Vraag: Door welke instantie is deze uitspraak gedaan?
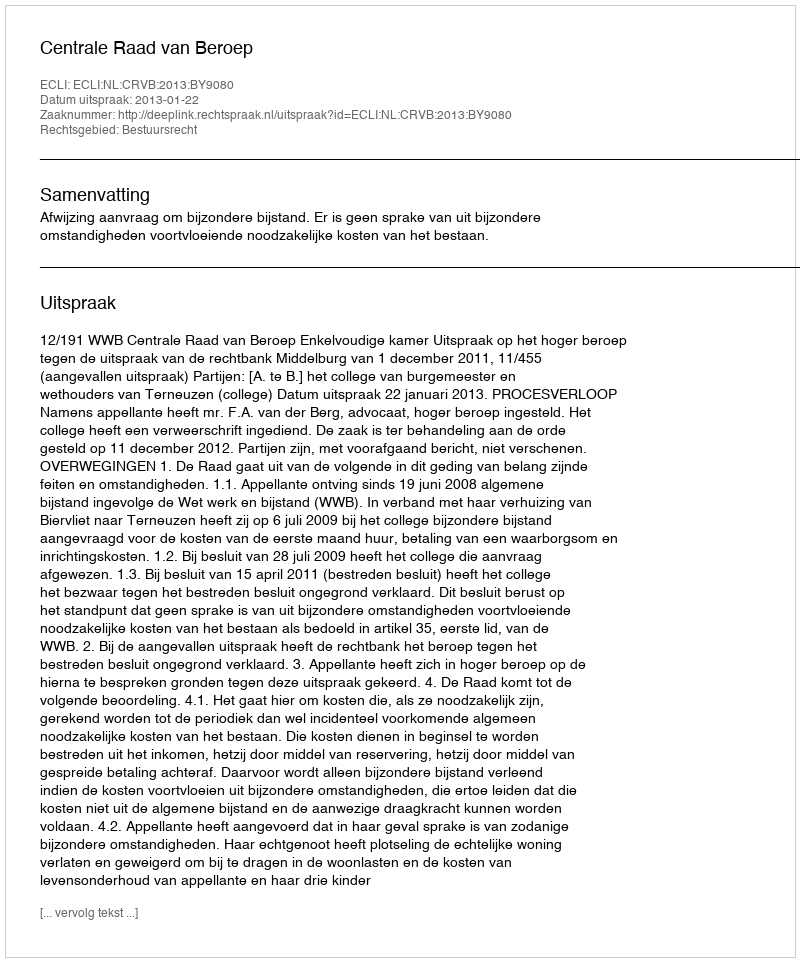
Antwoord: Centrale Raad van Beroep